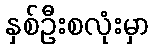
နှစ်ဦးစလုံးမှာ